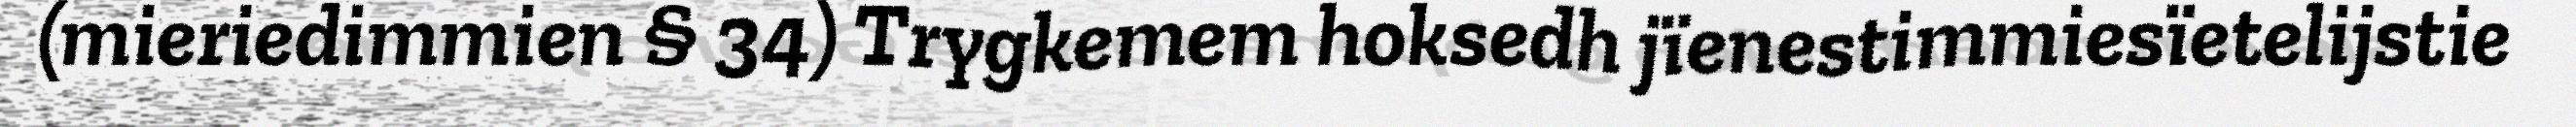
(mieriedimmien § 34) Trygkemem hoksedh jïenestimmiesïetelijstie